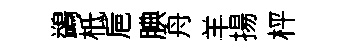
鷁柢巵腆舟羊揚枰